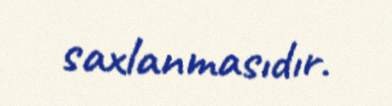
saxlanmasıdır.